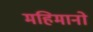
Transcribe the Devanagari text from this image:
महिमानो